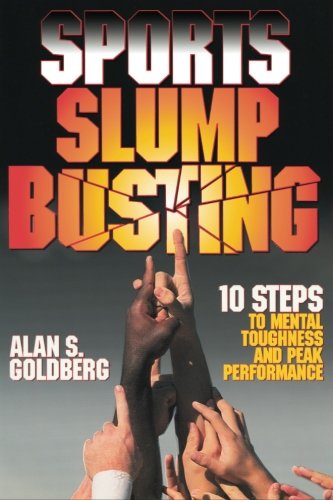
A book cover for Sports Slump Busting; Alan S. Goldberg; Literature & Fiction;